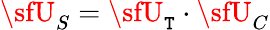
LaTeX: {\sfU}_{S}={\sfU}_{\mathtt{T}}\cdot{\sfU}_{C}